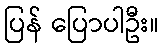
ပြန် ပြောပါဦး။